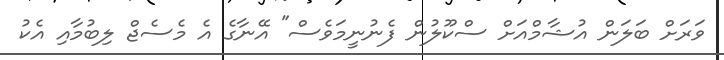
ވަރަށް ބަލަން އުޝާމްއަށް ސްކޫލުން ފެނުނީމަވެސް" އޭނާގެ އެ މެސެޖް ލިބުމާއި އެކު